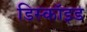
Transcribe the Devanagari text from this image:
डिस्कॉइड